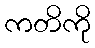
ကတိကို